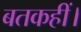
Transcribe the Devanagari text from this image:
बतकहीं।